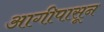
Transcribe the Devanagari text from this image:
आगीपासून